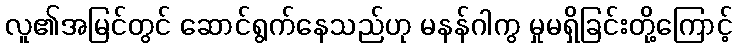
လူ၏အမြင်တွင် ဆောင်ရွက်နေသည်ဟု မနန်ဂါကွ မှုမရှိခြင်းတို့ကြောင့်